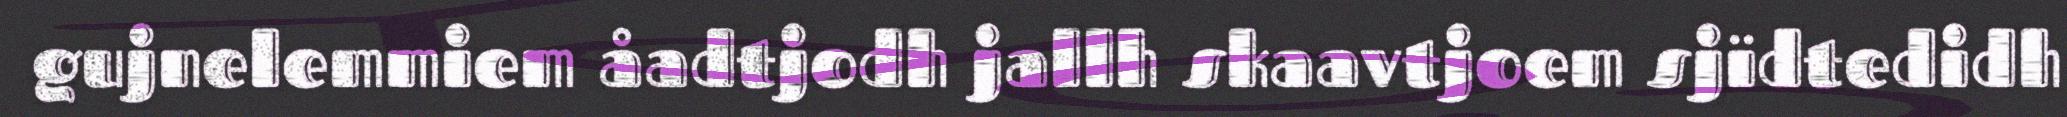
gujnelemmiem åadtjodh jallh skaavtjoem sjïdtedidh